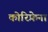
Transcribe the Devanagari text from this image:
कोरिफ़ेना